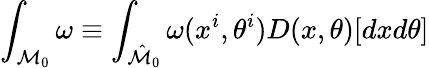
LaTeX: \int_{{\cal M}_{0}}\omega\equiv\int_{\hat{\cal M}_{0}}\omega(x^{i},\theta^{i})D(x,\theta)[dxd\theta]